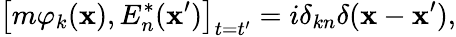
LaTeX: \left[m\varphi_{k}(\mathbf{x}),E_{n}^{*}(\mathbf{x}^{\prime})\right]_{t=t^{\prime}}=i\delta_{kn}\delta(\mathbf{{\mathbf{x}}}-\mathbf{{\mathbf{x}}}^{\prime}),